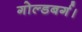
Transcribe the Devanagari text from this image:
गोल्डबर्ग।